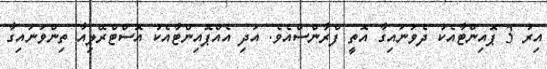
އިރު 3 ޕޮއިންޓާއެކު ދެވަނައިގާ އޮތީ ފްރާންސްއެވެ. އަދި އެއްޕޮއިންޓާއެކު އޮސްޓްރޭލިއާ ތިންވަނައިގާ